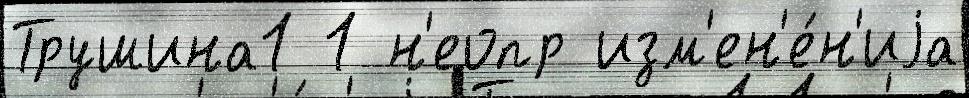
Трушина1 1 н'еопр изм'ен'е́н'иjа